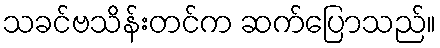
သခင်ဗသိန်းတင်က ဆက်ပြောသည်။